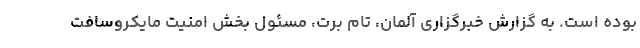
بوده است. به گزارش خبرگزاری آلمان، تام برت، مسئول بخش امنیت مایکروسافت